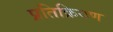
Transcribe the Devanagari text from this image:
प्रतिक्रियण